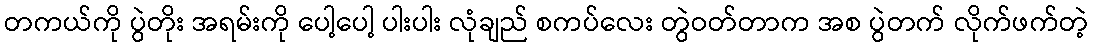
တကယ်ကို ပွဲတိုး အရမ်းကို ပေါ့ပေါ့ ပါးပါး လုံချည် စကပ်လေး တွဲဝတ်တာက အစ ပွဲတက် လိုက်ဖက်တဲ့